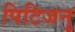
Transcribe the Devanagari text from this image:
पिटिजनु